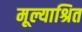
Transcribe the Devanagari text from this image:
मूल्याश्रित